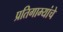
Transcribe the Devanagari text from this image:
प्रतिगाम्यांचे